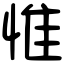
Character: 惟